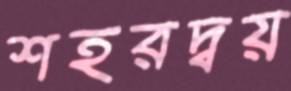
শহরদ্বয়